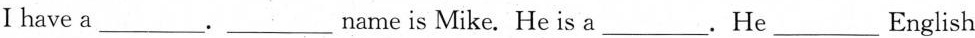
I have a ___. ___ name is Mike. He is a ___ . He ___ English